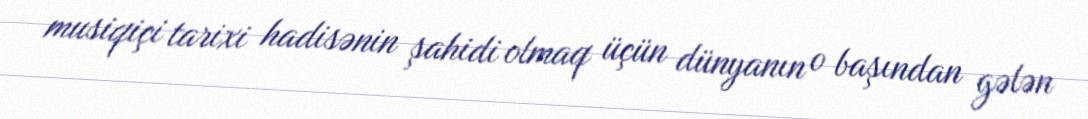
musiqiçi tarixi hadisənin şahidi olmaq üçün dünyanın o başından gələn